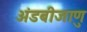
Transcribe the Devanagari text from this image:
अंडबीजाणु